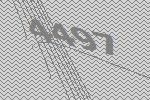
4497